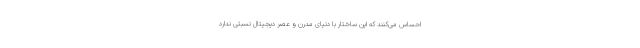
احساس می‌کنند که این ساختار با دنیای مدرن و عصر دیجیتال نسبتی ندارد